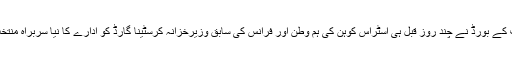
آئی ایم ایف کے بورڈ نے چند روز قبل ہی اسٹراس کوہن کی ہم وطن اور فرانس کی سابق وزیرِخزانہ کرسٹینا گارڈ کو ادارے کا نیا سربراہ منتخب کیا ہے۔